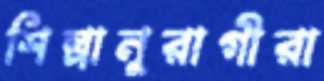
শিল্পানুরাগীরা